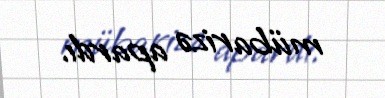
mübarizə apardı.